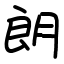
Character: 朗